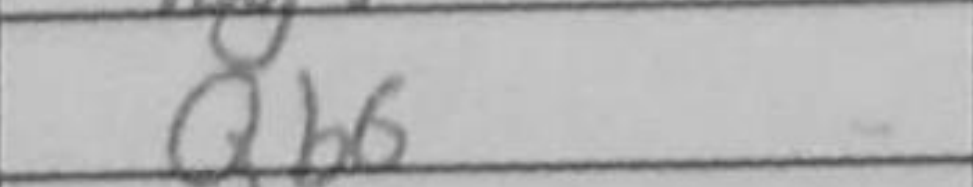
Transcription: Qb6